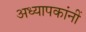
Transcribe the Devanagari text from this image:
अध्यापकांनीं